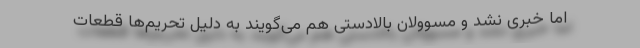
اما خبری نشد و مسوولان بالادستی هم می‌گویند به دلیل تحریم‌ها قطعات